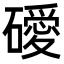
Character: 𥖦